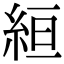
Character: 絙